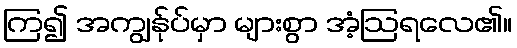
ကြ၍ အကျွန်ုပ်မှာ များစွာ အံ့ဩရလေ၏။